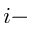
i -